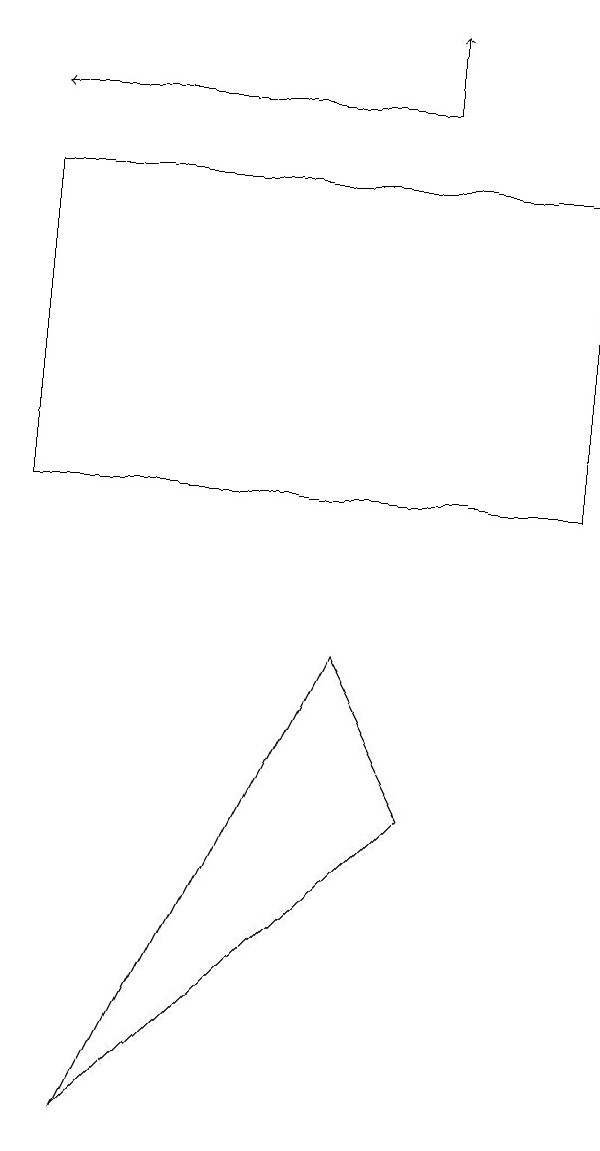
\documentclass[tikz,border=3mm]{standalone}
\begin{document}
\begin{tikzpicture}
\draw[->] (7,16) -- (7,17);
\draw (3,3) -- (7,7) -- (6,9) -- cycle;
\draw (2,11) rectangle (9,15);
\draw[->] (7,16) -- (2,16);
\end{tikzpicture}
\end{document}